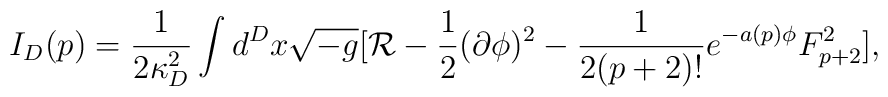
I_D(p)={1\over{2\kappa^2_D}}\int d^Dx\sqrt{-g}[{\cal R}-{1\over 2}(\partial\phi)^2-{1\over{2(p+2)!}}e^{-a(p)\phi}F^2_{p+2}],